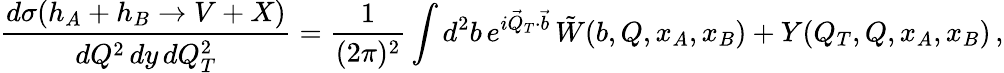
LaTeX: \frac{d\sigma(h_{A}+h_{B}\rightarrow V+X)}{dQ^{2}\, dy\, dQ_{T}^{2}}=\frac{1}{(2\pi)^{2}}\int d^{2}b\, e^{i\vec{Q}_{T}\cdot\vec{b}}\, \tilde{W}(b,Q,x_{A},x_{B})+Y(Q_{T},Q,x_{A},x_{B})\, ,